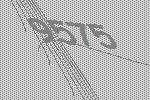
9575